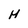
Character: H